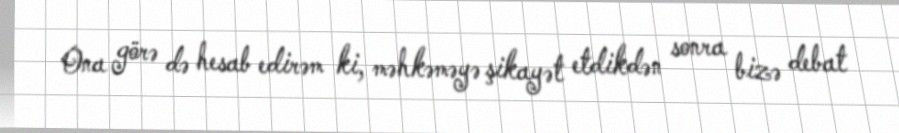
Ona görə də hesab edirəm ki, məhkəməyə şikayət etdikdən sonra bizə debat